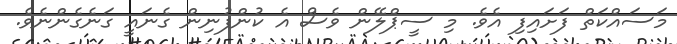
މަސައްކަތް ފަށައިފި އެވެ. މި ސީޕްލޭން ވެސް އެ ކުންފުނިން ގެނައީ ގަނެގެންނެވެ.